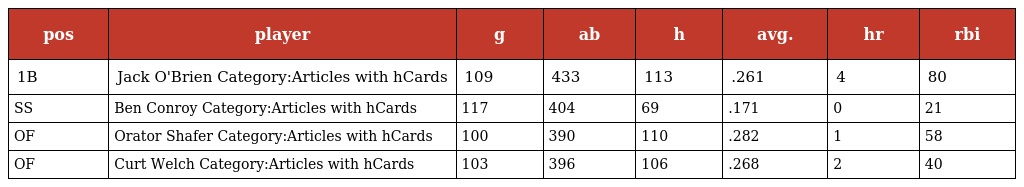
| pos | player | g | ab | h | avg. | hr | rbi |
 | --- | --- | --- | --- | --- | --- | --- | --- |
 | 1B | Jack O'Brien Category:Articles with hCards | 109 | 433 | 113 | .261 | 4 | 80 |
 | SS | Ben Conroy Category:Articles with hCards | 117 | 404 | 69 | .171 | 0 | 21 |
 | OF | Orator Shafer Category:Articles with hCards | 100 | 390 | 110 | .282 | 1 | 58 |
 | OF | Curt Welch Category:Articles with hCards | 103 | 396 | 106 | .268 | 2 | 40 |